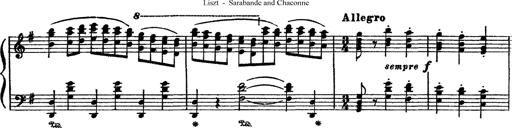
Title: Sarabande und Chaconne aus dem Singspiel
Composer: Franz Liszt